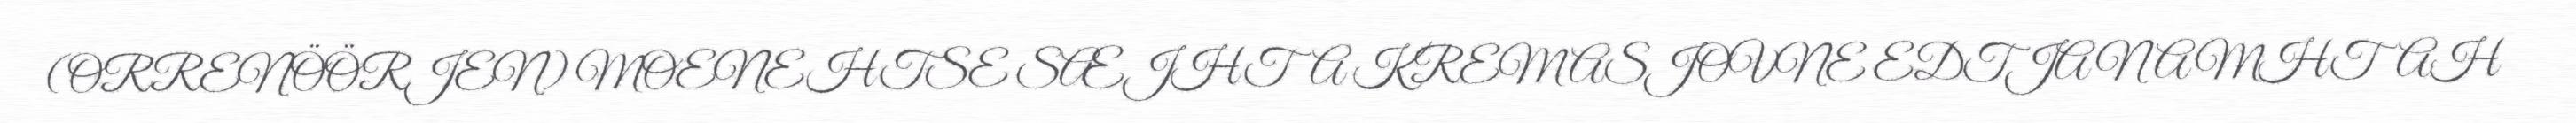
(ORRENÖÖRJEN) MOENEHTSE SÆJHTA KREMASJOVNE EDTJA NAMHTAH